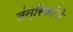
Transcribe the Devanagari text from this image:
तंत्रिकांचे